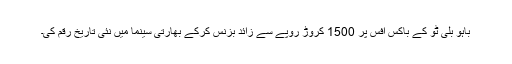
باہو بلی ٹو کے باکس آفس پر 1500 کروڑ روپے سے زائد بزنس کرکے بھارتی سینما میں نئی تاریخ رقم کی۔